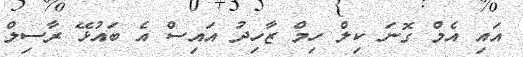
އައި އެމް ގޮނަ ކިލް ހިމް ޒާހިދު އައިސް އެ ބައުޅޭ ރާސިލް